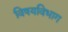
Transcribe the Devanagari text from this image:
विषयविभाग